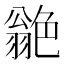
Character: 𦫫